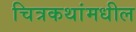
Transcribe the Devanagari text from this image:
चित्रकथांमधील